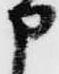
申